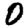
Digit: 0